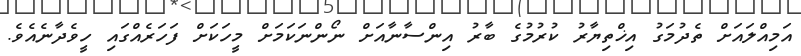
އަމިއްލައަށް ތެދުމަގު އިޚްތިޔާރު ކުރުމުގެ ބާރު އިންސާނާއަށް ނޯންނަކަމަށް މީހަކަށް ފަހަރެއްގައި ހީވެދާނެއެވެ.